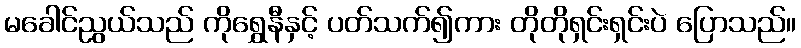
မခေါင်ညွယ်သည် ကိုရွှေနီနှင့် ပတ်သက်၍ကား တိုတိုရှင်းရှင်းပဲ ပြောသည်။